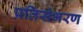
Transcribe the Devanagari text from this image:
प्रतिसंभरण